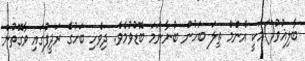
ބާލިޣުވު()މަކީ އެންމެ ތިލަ ބަހުން ބުނާނަމަ ބޮޑުވުމެވެ. ދިވެހި ބަހުގެ ރަދީފުގައި ވާގޮތުން